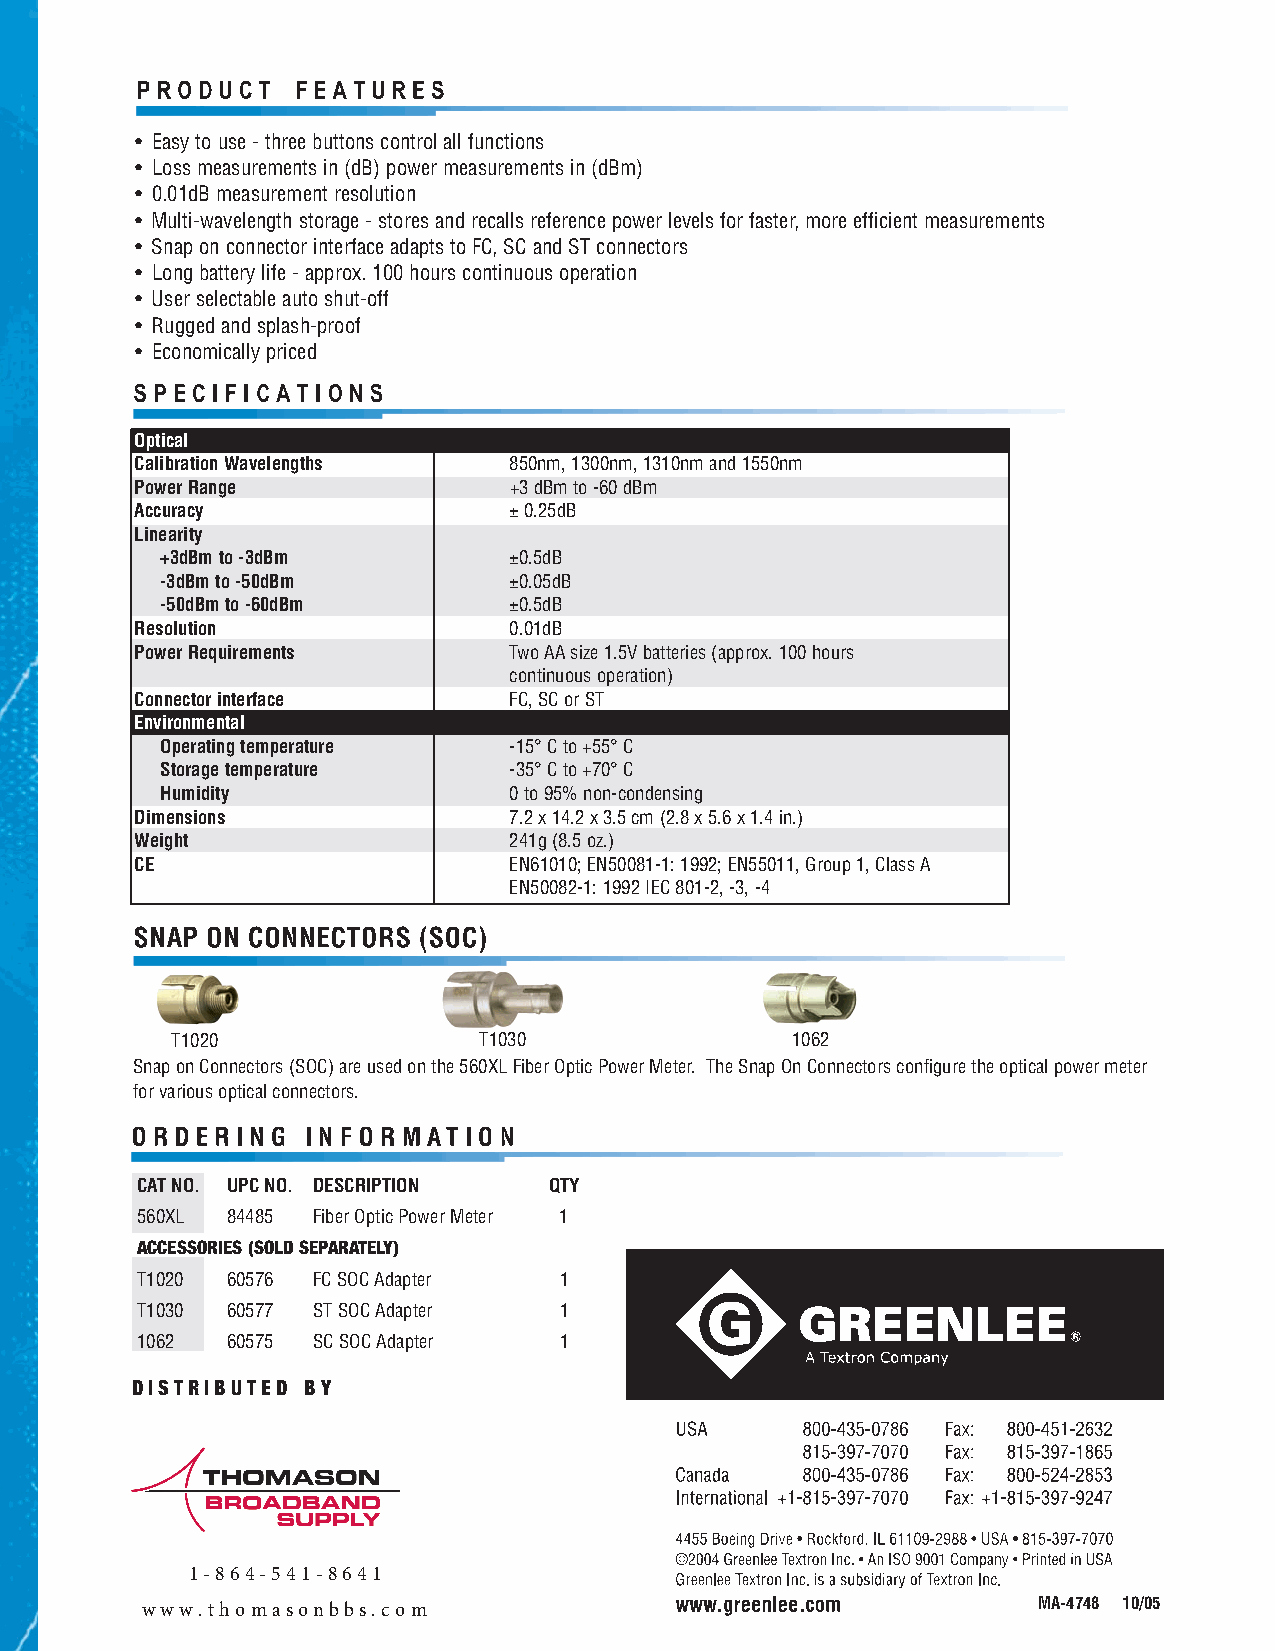
• Easy to use - three buttons control all functions
 • Loss measurements in (dB) power measurements in (dBm)
 • 0.01dB measurement resolution
 • Multi-wavelength storage - stores and recalls reference power levels for faster, more efficient measurements
 • Snap on connector interface adapts to FC, SC and ST connectors
 • Long battery life - approx. 100 hours continuous operation
 • User selectable auto shut-off
 • Rugged and splash-proof
 • Economically priced
 Optical
 Calibration Wavelengths  850nm, 1300nm, 1310nm and 1550nm
 Power Range              +3 dBm to -60 dBm
 Accuracy                 ±0.25dB
 Linearity
 +3dBm to -3dBm         ±0.5dB
 -3dBm to -50dBm        ±0.05dB
 -50dBm to -60dBm       ±0.5dB
 Resolution               0.01dB
 Power Requirements       Two AA size 1.5V batteries (approx. 100 hours
 continuous operation)
 Connector interface      FC, SC or ST
 Environmental
 Operating temperature  -15°C to +55°C
 Storage temperature    -35°C to +70°C
 Humidity               0 to 95% non-condensing
 Dimensions               7.2 x 14.2 x 3.5 cm (2.8 x 5.6 x 1.4 in.)
 Weight                   241g (8.5 oz.)
 CE                       EN61010; EN50081-1: 1992; EN55011, Group 1, Class A
 EN50082-1: 1992 IEC 801-2, -3, -4
 T1020                T1030               1062
 Snap on Connectors (SOC) are used on the 560XL Fiber Optic Power Meter. The Snap On Connectors configure the optical power meter
 for various optical connectors.
 CAT NO. UPC NO. DESCRIPTION QTY
 560XL 84485 Fiber Optic Power Meter 1
 ACCESSORIES (SOLD SEPARATELY)
 T1020 60576 FC SOC Adapter  1
 T1030 60577 ST SOC Adapter  1
 1062  60575 SC SOC Adapter  1
 DISTRIBUTED BY
 1-864-541-8641
 MA-4748 10/05
 www.thomasonbbs.com